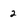
Character: 2